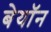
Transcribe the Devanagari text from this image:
बेयॉन